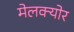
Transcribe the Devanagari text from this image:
मेलक्योर